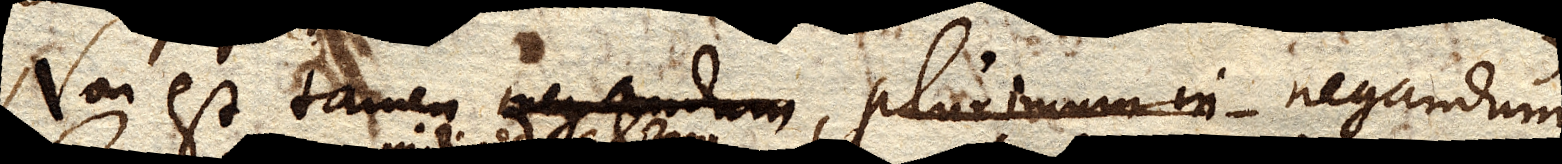
Non est tamen negandum